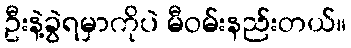
ဦးနဲ့ခွဲရမှာကိုပဲ မီဝမ်းနည်းတယ်။